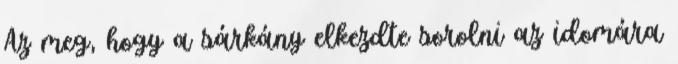
Az meg, hogy a sárkány elkezdte sorolni az idomára